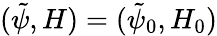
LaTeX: (\tilde{\psi},H)=(\tilde{\psi}_{0},H_{0})